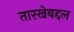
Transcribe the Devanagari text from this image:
तारखेबद्दल